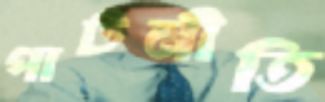
পাটনীতি